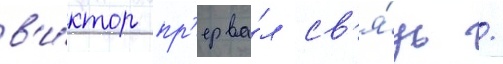
в'и́ктор пр'ерва́л св'я́зь /